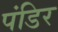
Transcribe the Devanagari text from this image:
पंडिर